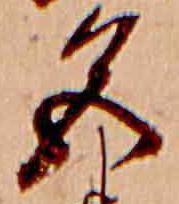
色